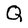
Character: Q